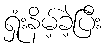
ရှုံးနိမ့်ခဲ့ပြီး